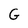
Character: G